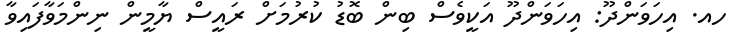
ހއ. އިހަވަންދޫ: އިހަވަންދޫ އަކީވެސް ބިން ބޮޑު ކުރުމަށް ރައީސް ޔާމީން ނިންމަވާފައިވާ